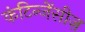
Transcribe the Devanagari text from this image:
कंटिन्जेंसीज़